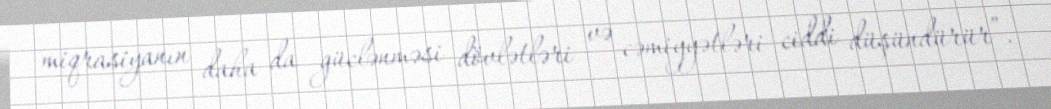
miqrasiyanın daha da güclənməsi dövlətləri və cəmiyyətləri ciddi düşündürür”.